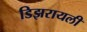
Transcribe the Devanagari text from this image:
डिझरायली